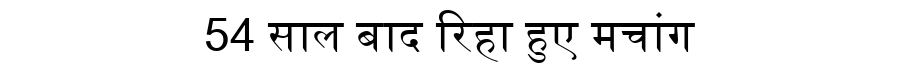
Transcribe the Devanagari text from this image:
54 साल बाद रिहा हुए मचांग